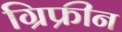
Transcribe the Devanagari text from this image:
ग्रिफ्रीन